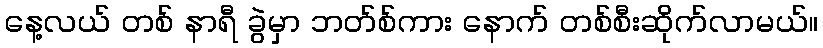
နေ့လယ် တစ် နာရီ ခွဲမှာ ဘတ်စ်ကား နောက် တစ်စီးဆိုက်လာမယ်။